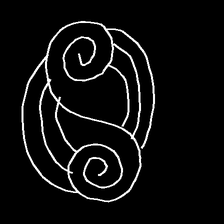
Glyph: wind-underfoot